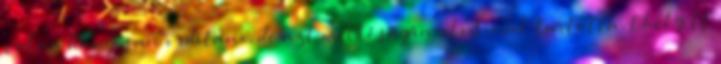
volna hangosan ordítani, de azt méltóságán alulinak tartotta. Ehelyett